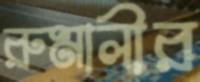
রুমালীর